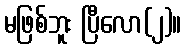
မဖြစ်ဘူး ပြီလော(၂)။